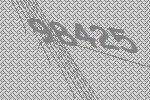
98425